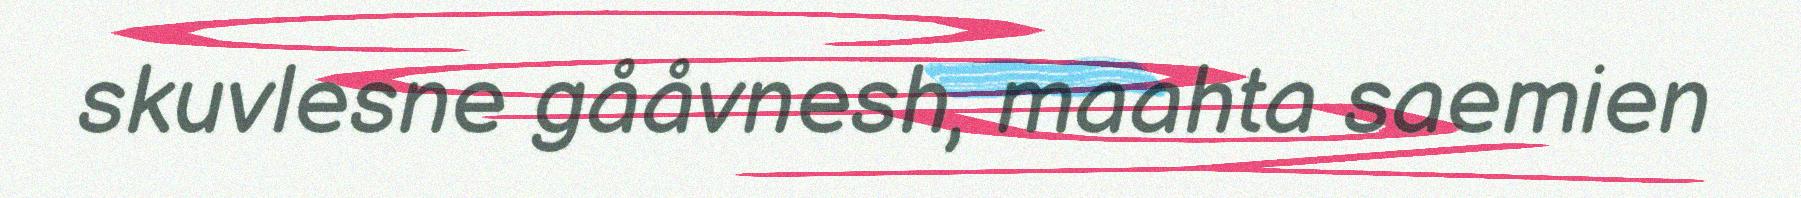
skuvlesne gååvnesh, maahta saemien